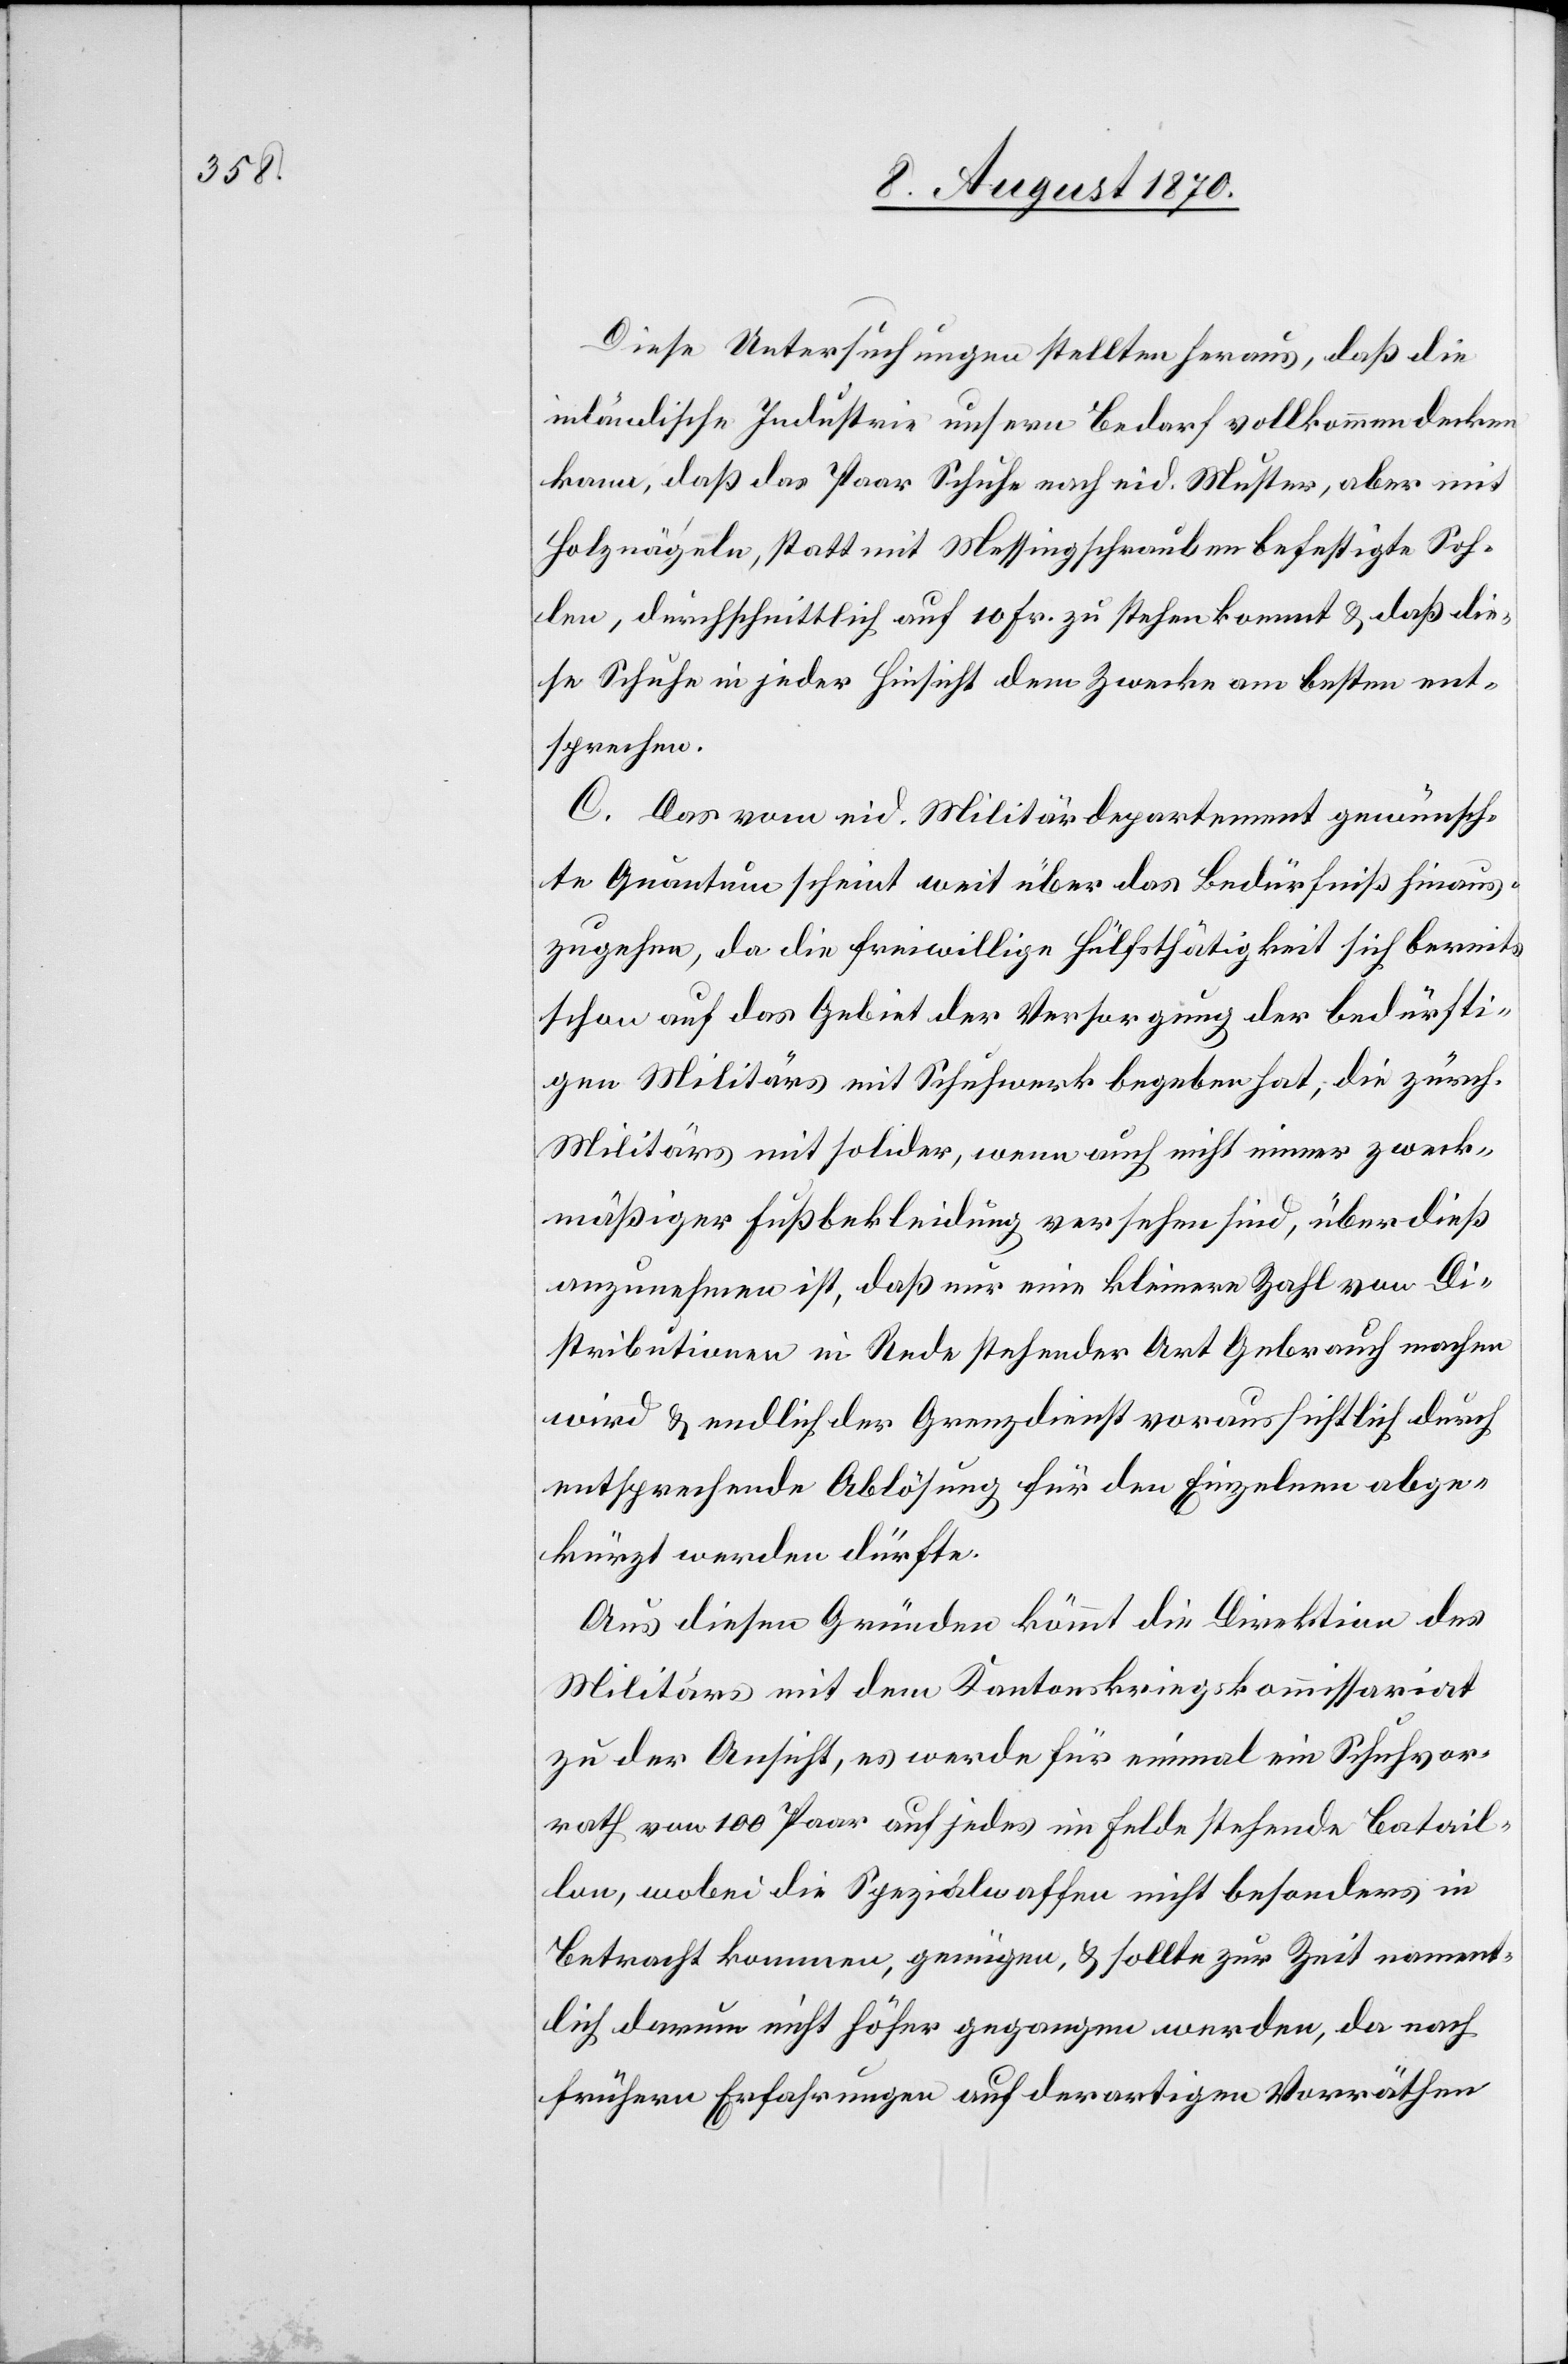
Diese Untersuchungen stellten heraus, daß die
inländische Industrie unsern Bedarf vollkommen decken
kann, daß das Paar Schuhe nach eid. Muster, aber mit
Holznägeln, statt mit Messingschrauben befestigte Soh¬
len, durchschnittlich auf 10 Fr. zu stehen kommt & daß die¬
se Schuhe in jeder Hinsicht dem Zwecke am besten ent¬
sprechen.
C. Das vom eid. Militärdepartement gewünsch¬
te Quantum scheint weit über das Bedürfniß hinaus¬
zugehen, da die freiwillige Hülfsthätigkeit sich bereits
schon auf das Gebiet der Versorgung der bedürfti¬
gen Militärs mit Schuhwerk begeben hat; die zürch.
Militärs mit solider, wenn auch nicht immer zweck¬
mäßiger Fußbekleidung versehen sind, überdieß
anzunehmen ist, daß nur eine kleinere Zahl von Di¬
stributionen in Rede stehender Art Gebrauch machen
wird & endlich der Grenzdienst voraussichtlich durch
entsprechende Ablösung für den Einzelnen abge¬
kürzt werden dürfte.
Aus diesen Gründen kömmt die Direktion des
Militärs mit dem Kantonskriegskommissariat
zu der Ansicht, es werde für einmal ein Schuhvor¬
rath von 100 Paar auf jedes im Felde stehende Batail¬
lon, wobei die Spezialwaffen nicht besonders in
Betracht kommen, genügen, & sollte zur Zeit nament¬
lich darum nicht höher gegangen werden, da nach
frühern Erfahrungen auf derartigen Vorräthen